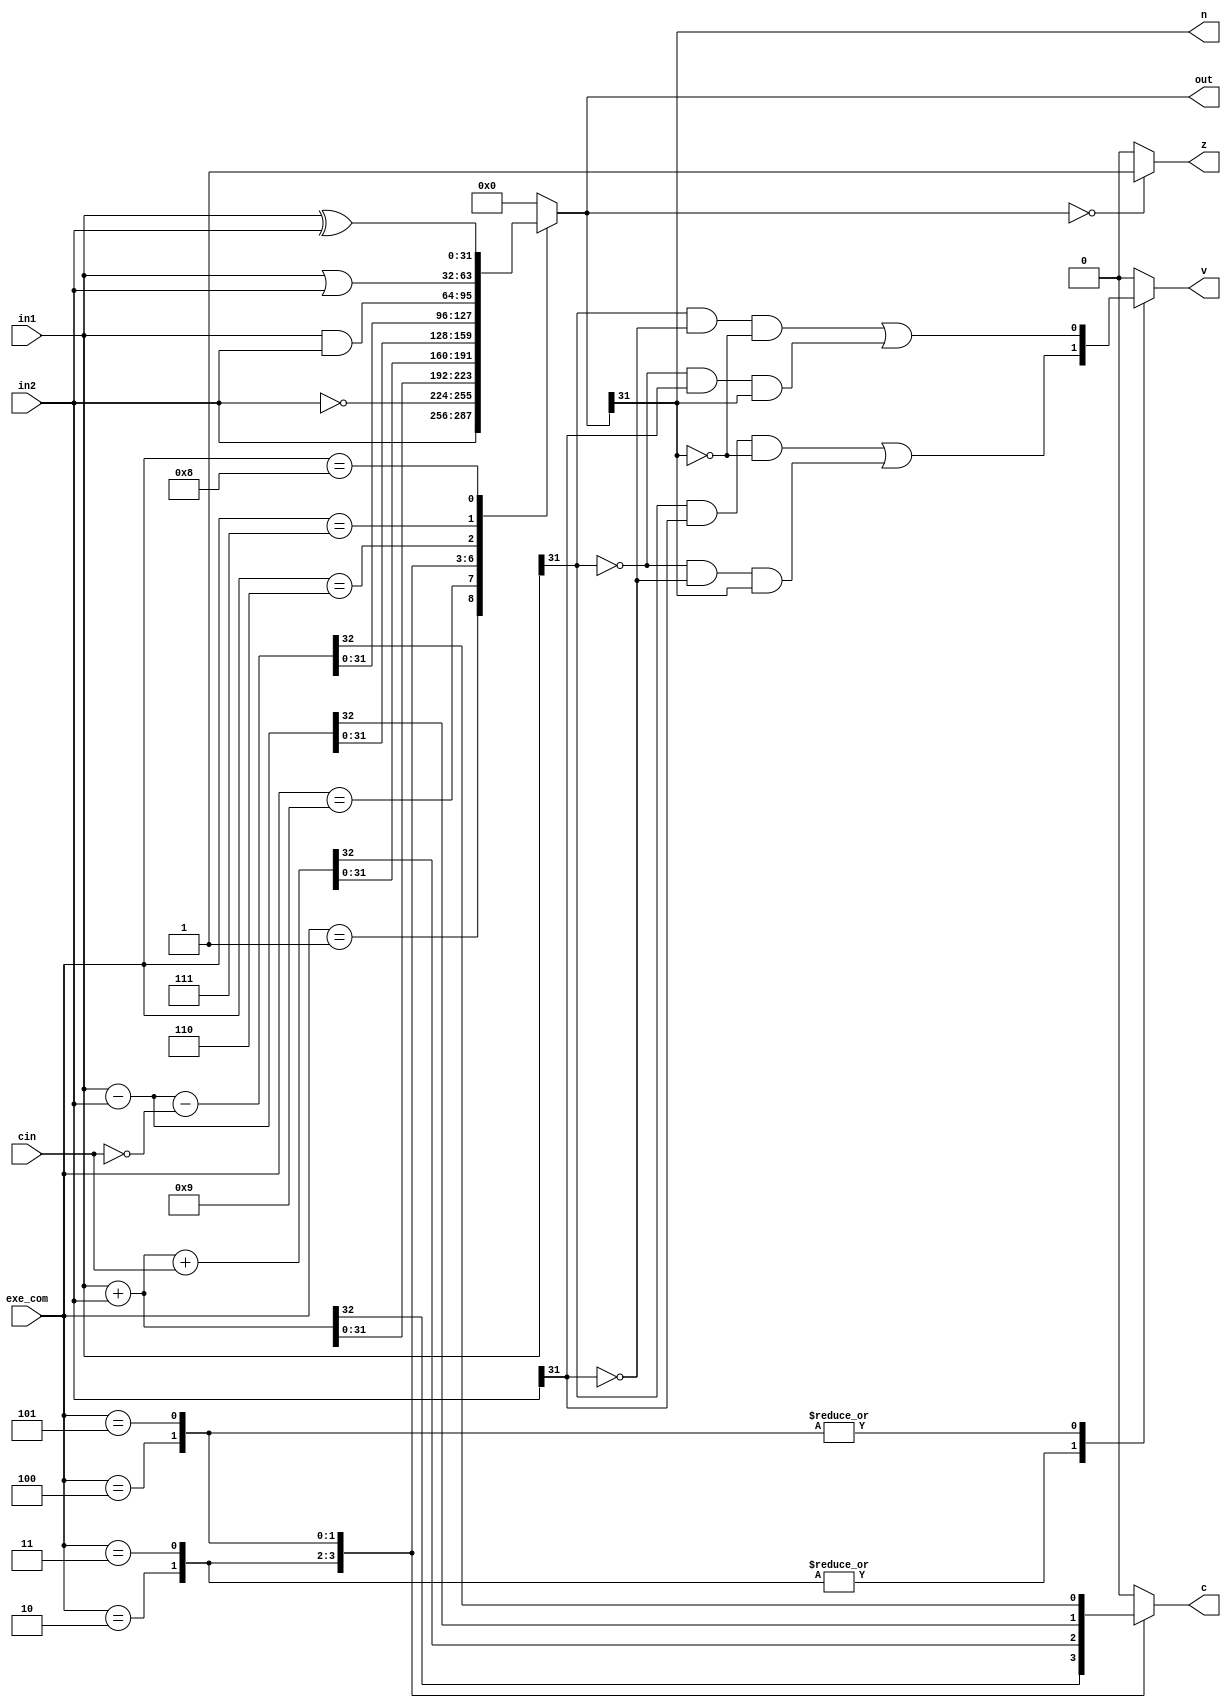
////////////////////////////////////////////////////////////////////////////////
//                              ARM Architecture:	                    		      //	
// 		                             Control Unit	                               //
// Revision by: Amirmahdi Joudi									                                      //
////////////////////////////////////////////////////////////////////////////////

module ALU(in1, in2, exe_com, out, cin,
  n, z, c, v
);

  input[31:0] in1, in2;
  input[3:0] exe_com;
  input cin;
  output n, z;
  output reg c, v;
  output reg[31:0] out;
  
  always@(in1, in2, exe_com, cin)
  begin
    c = 1'b0;
    case(exe_com)
      //MOV
      4'b0001: out <= in2;
      //MVN
      4'b1001: out <= ~in2;
      //ADD LDR STR
      4'b0010: {c, out} <= in1 + in2;
      //ADC
      4'b0011: {c, out} <= in1 + in2 + cin;
      //SUB CMP
      4'b0100: {c, out} <= in1 - in2;
      //SBC
      4'b0101: {c, out} <= in1 - in2 - {31'b0, ~cin};
      //AND TST
      4'b0110: out <= in1 & in2;
      //ORR
      4'b0111: out <= in1 | in2;
      //EOR
      4'b1000: out <= in1 ^ in2;
      //B
      default: out <= 32'b0;
    endcase
  end
  
  always@(in1, in2, out, exe_com)
  begin
    v<=1'b0;
    case(exe_com)
      4'b0010: v <= in1[31]&in2[31]&(~out[31]) | (~in1[31])&(~in2[31])&out[31];
      4'b0011: v <= in1[31]&in2[31]&(~out[31]) | (~in1[31])&(~in2[31])&out[31];
      4'b0100: v <= in1[31]&(~in2[31])&(~out[31]) | (~in1[31])&in2[31]&out[31];
      4'b0101: v <= in1[31]&(~in2[31])&(~out[31]) | (~in1[31])&in2[31]&out[31];
    endcase
  end
    
    assign n = out[31];
    assign z = (out == 32'b0) ? 1'b1 : 1'b0;
    
endmodule